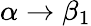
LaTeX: \alpha\rightarrow\beta_{1}